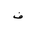
Letter: _fa